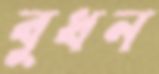
বুধন